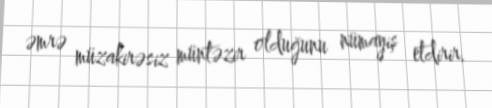
əmrə müzakirəsiz müntəzir olduğunu nümayiş etdirir.